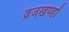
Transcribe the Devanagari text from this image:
व्रजखण्डों